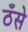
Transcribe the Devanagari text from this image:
ठँसे